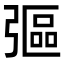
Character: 彄